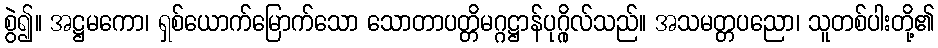
စွဲ၍။ အဋ္ဌမကော၊ ရှစ်ယောက်မြောက်သော သောတာပတ္တိမဂ္ဂဋ္ဌာန်ပုဂ္ဂိုလ်သည်။ အသမတ္တပညော၊ သူတစ်ပါးတို့၏